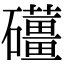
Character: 𥗪